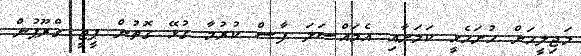
މަޖިލީހަށް ހުށަހެޅީ ކަމަށާއި އެމައްސަލަ ފާސް ކުރުމާ ގުޅޭ ގޮތުން ޕީޖީ ގްރޫޕުން